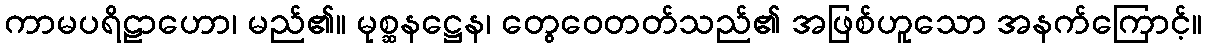
ကာမပရိဠာဟော၊ မည်၏။ မုစ္ဆနဋ္ဌေန၊ တွေဝေတတ်သည်၏ အဖြစ်ဟူသော အနက်ကြောင့်။